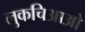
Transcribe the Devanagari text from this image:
लुकचिआओ